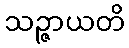
သဉ္ဇာယတိ